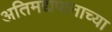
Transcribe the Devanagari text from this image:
अतिमद्यपानाच्या